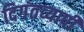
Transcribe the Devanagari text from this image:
दिगंतव्यापी